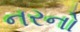
નરનો